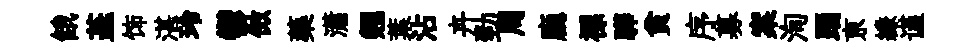
餓蕋饰湛玲鬱傚藥瀟翹葉沾卉勁周廳褾驊貧序募案洵踊亰縑谨